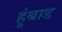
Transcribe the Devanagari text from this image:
हुंबाड